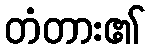
တံတား၏